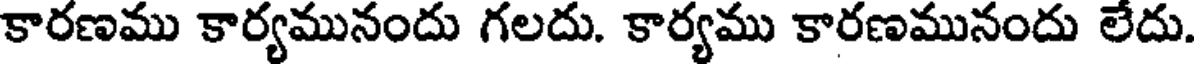
కారణము కార్యమునందు గలదు. కార్యము కారణమునందు లేదు.